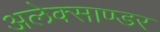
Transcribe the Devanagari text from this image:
अलेक्साण्डर